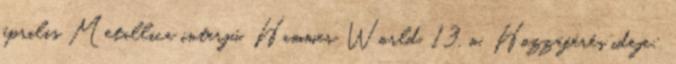
április Metallica interjú. Hammer World, 13. o. Hozzáférés ideje: